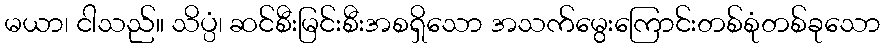
မယာ၊ ငါသည်။ သိပ္ပံ၊ ဆင်စီးမြင်းစီးအစရှိသော အသက်မွေးကြောင်းတစ်စုံတစ်ခုသော